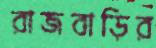
রাজবাড়ির